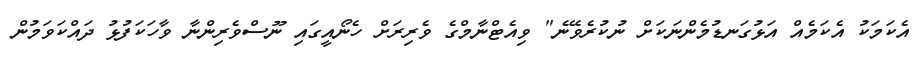
އެކަމަކު އެކަމެއް އަޅުގަނޑުމެންނަކަށް ނުކުރެވޭނެ" ވިއެޓްނާމްގެ ވެރިރަށް ހެނޯއީގައި ނޫސްވެރިންނާ ވާހަކަފުޅު ދައްކަވަމުން